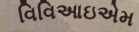
વિવિઆઇએમ